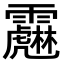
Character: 𩆱